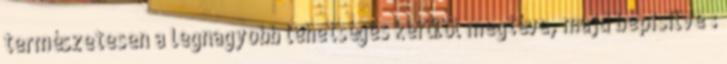
természetesen a legnagyobb lehetséges kerülőt megtéve, majd bepisilve :